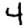
Digit: 4